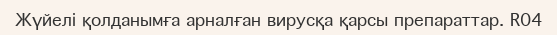
Жүйелі қолданымға арналған вирусқа қарсы препараттар. R04